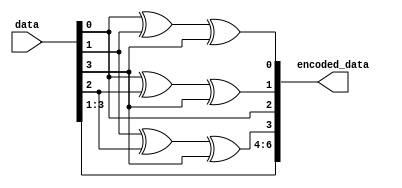
module encoder(input [3:0] data, output [6:0] encoded_data);
  wire parity1, parity2, parity4;
  // Calculate parity bits
  assign parity1 = data[0] ^ data[1] ^ data[3];
  assign parity2 = data[0] ^ data[2] ^ data[3];
  assign parity4 = data[1] ^ data[2] ^ data[3];

  // Create the encoded data with parity bits
  assign encoded_data[0] = parity1;
  assign encoded_data[1] = parity2;
  assign encoded_data[2] = data[0];
  assign encoded_data[3] = parity4;
  assign encoded_data[4] = data[1];
  assign encoded_data[5] = data[2];
  assign encoded_data[6] = data[3];
endmodule